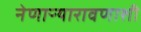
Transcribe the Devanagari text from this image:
नेणाऱ्यारावणाशी